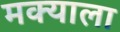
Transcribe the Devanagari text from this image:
मक्याला